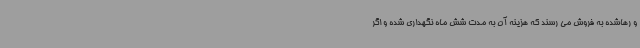
و رهاشده به فروش می رسند که هزینه آن به مدت شش ماه نگهداری شده و اگر